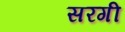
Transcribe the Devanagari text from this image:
सरगी